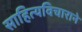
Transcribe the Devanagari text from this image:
साहित्यविचाराने